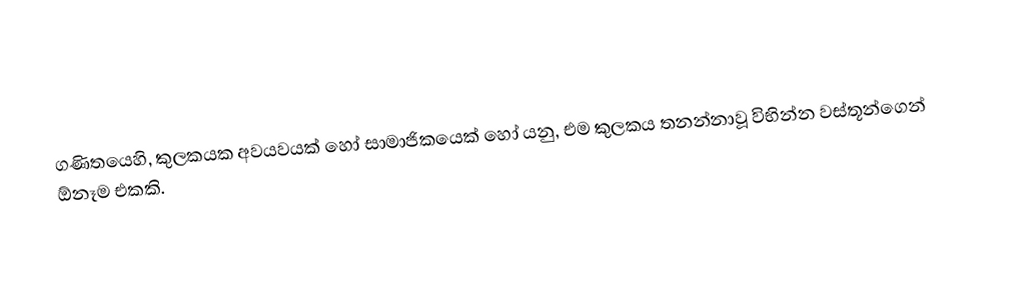
ගණිතයෙහි, කුලකයක අවයවයක් හෝ සාමාජිකයෙක් හෝ යනු, එම කුලකය තනන්නාවූ විභින්න වස්තූන්ගෙන්  ඕනෑම එකකි.